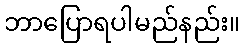
ဘာပြောရပါမည်နည်း။